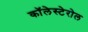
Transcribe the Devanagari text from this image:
कॉलेस्टेरोल